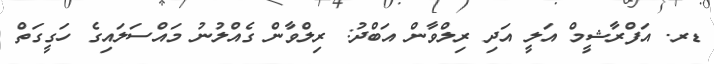
ޑރ. އަފްރާޝީމް އަލީ އަދި ރިލްވާން އަބްދު: ރިލްވާން ގެއްލުނު މައްސަލައިގެ ހަގީގަތް